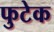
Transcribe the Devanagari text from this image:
फुटेक